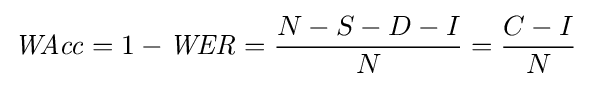
{\mathit {WAcc}}=1-{\mathit {WER}}={\frac {N-S-D-I}{N}}={\frac {C-I}{N}}